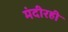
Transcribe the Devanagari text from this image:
मंदीरही